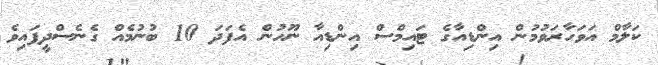
ކަލާމް އަވަހާރަވުމުން އިންޑިއާގެ ޓައިމްސް އިންޑިއާ ނޫހުން އެފަދަ 10 ބުނުމެއް ގެނެސްދީފައިވެ